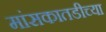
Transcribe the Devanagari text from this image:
मांसकातडीच्या